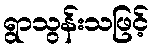
ရွာသွန်းသဖြင့်